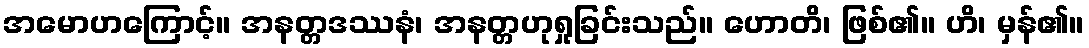
အမောဟကြောင့်။ အနတ္တဒဿနံ၊ အနတ္တဟုရှုခြင်းသည်။ ဟောတိ၊ ဖြစ်၏။ ဟိ၊ မှန်၏။